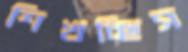
শিখচ্ছিস